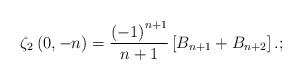
\begin{align*}\zeta_{2}\left(0,-n\right)=\frac{\left(-1\right)^{n+1}}{n+1}\left[B_{n+1}+B_{n+2}\right].;\end{align*}